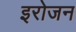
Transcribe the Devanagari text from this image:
इरोजन